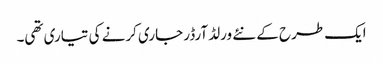
ایک طرح کے نئے ورلڈ آرڈر جاری کرنے کی تیاری تھی۔